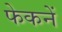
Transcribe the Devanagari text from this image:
फेकनें